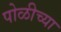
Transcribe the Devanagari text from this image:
पोळीच्या